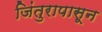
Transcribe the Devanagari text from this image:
जिंतुरापासून